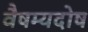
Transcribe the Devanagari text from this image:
वैषम्यदोष